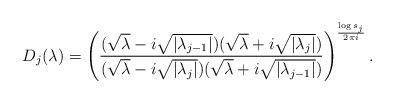
LaTeX: \begin{align*}D_{j}(\lambda) = \left( \frac{(\sqrt{\lambda}-i \sqrt{|\lambda_{j-1}|})(\sqrt{\lambda}+i \sqrt{|\lambda_{j}|})}{(\sqrt{\lambda}-i \sqrt{|\lambda_{j}|})(\sqrt{\lambda}+i \sqrt{|\lambda_{j-1}|})} \right)^{\frac{\log s_{j}}{2\pi i}}.\end{align*}